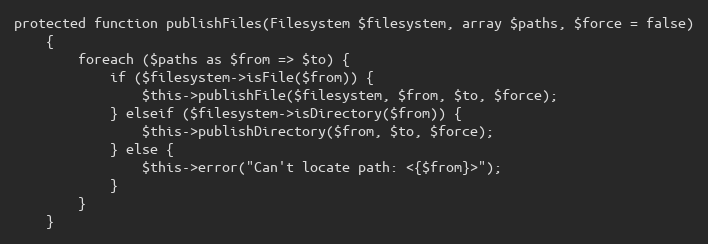
Language: PHP
protected function publishFiles(Filesystem $filesystem, array $paths, $force = false)
    {
        foreach ($paths as $from => $to) {
            if ($filesystem->isFile($from)) {
                $this->publishFile($filesystem, $from, $to, $force);
            } elseif ($filesystem->isDirectory($from)) {
                $this->publishDirectory($from, $to, $force);
            } else {
                $this->error("Can't locate path: <{$from}>");
            }
        }
    }